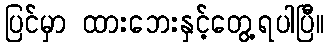
ပြင်မှာ ထားဘေးနှင့်တွေ့ရပါပြီ။